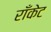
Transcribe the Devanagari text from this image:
राँकेट